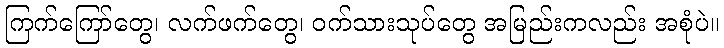
ကြက်ကြော်တွေ၊ လက်ဖက်တွေ၊ ဝက်သားသုပ်တွေ အမြည်းကလည်း အစုံပဲ။